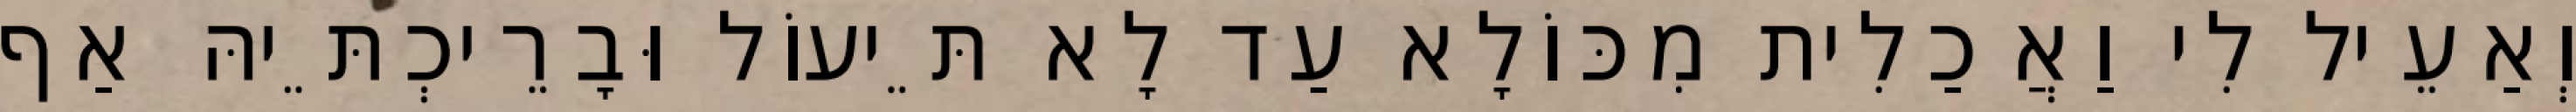
וְאַעֵיל לִי וַאֲכַלִית מִכּוֹלָא עַד לָא תֵּיעוֹל וּבָרֵיכְתֵּיהּ אַף